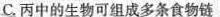
C.丙中的生物可组成多条食物链